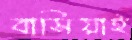
বাসিয়াই